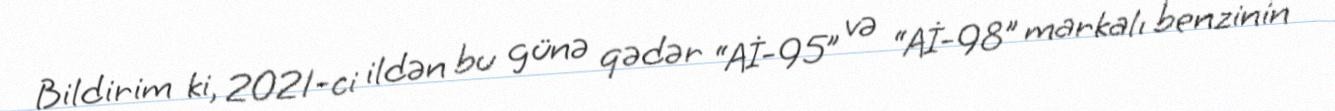
Bildirim ki, 2021-ci ildən bu günə qədər “Aİ-95” və “Aİ-98” markalı benzinin